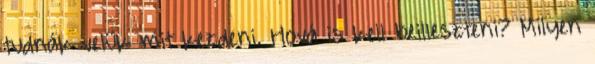
tudnák velük mit kezdeni. Hová is kell beilleszteni? Milyen